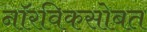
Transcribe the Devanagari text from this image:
नॉरविकसोबत